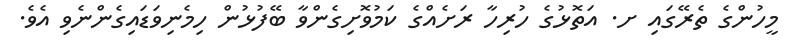
މީހުންގެ ތެރޭގައި ށ. އަތޮޅުގެ ހުރިހާ ރަށެއްގެ ކަމުވޮށިގެންވާ ބޭފުޅުން ހިމެނިވަޑައިގެންނެވި އެވެ.